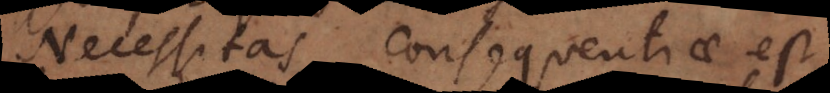
Necessitas consequentiae est